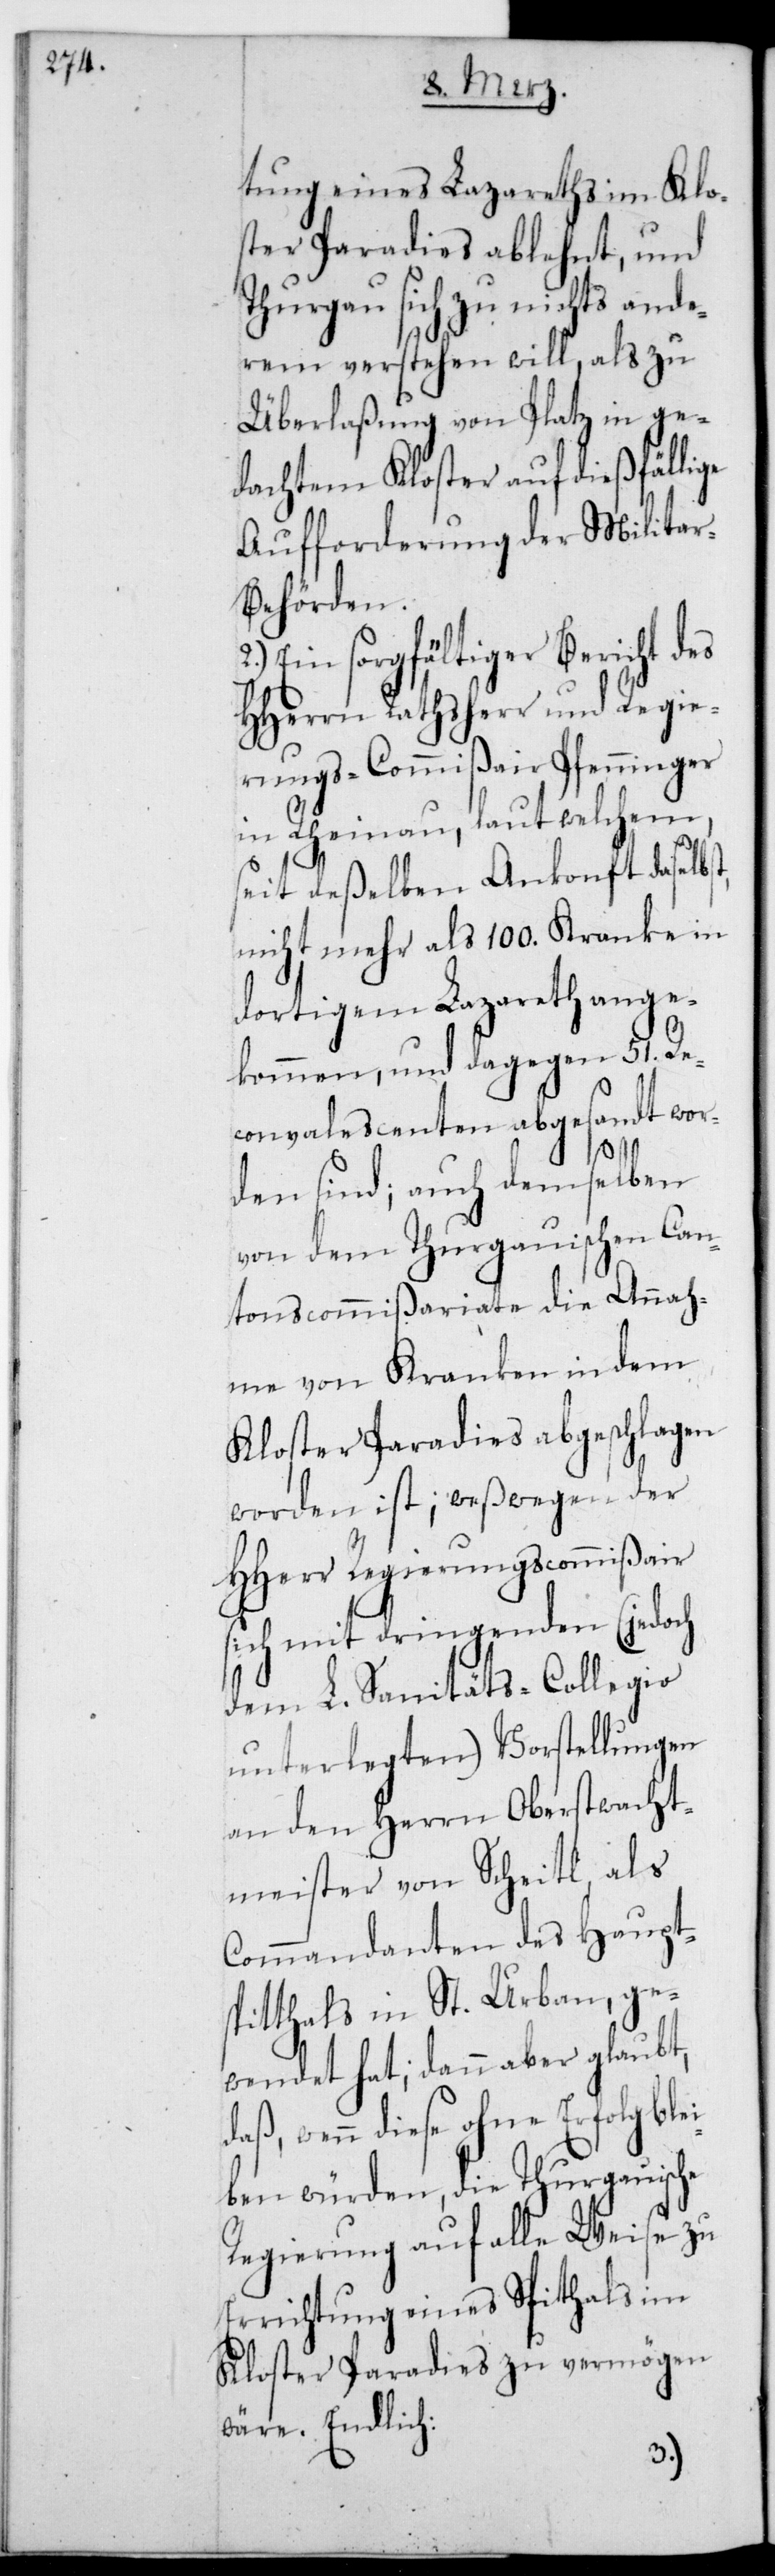
tung eines Lazareths im Klo¬
ster Paradies ablehnt, und
Thurgau sich zu nichts ande¬
rem verstehen will, als zu
Überlaßung von Platz in ge¬
dachtem Kloster auf dießfällige
Aufforderung der Militair¬
behörden.
Ein sorgfältiger Bericht des
HHerrn Rathsherr und Regie¬
rungscommißair Pfenninger
in Rheinau, laut welchem,
seit deßelben Ankonft daselbst,
nicht mehr als 100. Kranke in
dortigem Larazett ange¬
kommen, und dagegen 51. Re¬
convalescenten abgesandt wor¬
den sind; auch demselben
von dem thurgauischen Can¬
tonscommißariate die Annah¬
me von Kranken in dem
Kloster Paradies abgeschlagen
worden ist; weswegen der
HHerr Regierungscommißair
sich mit dringenden (jedoch
dem L. Sanitäts-Collegio
unterlegten) Vorstellungen
an den Herrn Oberstwacht¬
meister von Scheitl, als
Commandanten des Haupts¬
pitthals in St. Urban, ge¬
wendet hat; dann aber glaubt,
daß wenn diese ohne Erfolg ble¬
iben würden, die Thurgauische
Regierung auf alle Weise zu
Errichtung eines Spitthals im
Kloster Paradies zu vermögen
wäre. Endlich
2.)